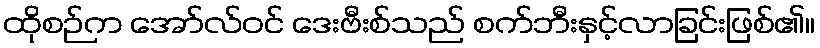
ထိုစဉ်က အော်လ်ဝင် ဒေးဗီးစ်သည် စက်ဘီးနှင့်လာခြင်းဖြစ်၏။